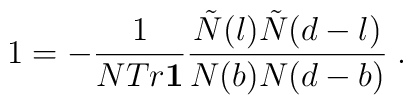
1 = -\frac{1}{NTr{\bf 1}}\frac{\tilde{N}(l)\tilde{N}(d-l)}{N(b)N(d-b)}\;.